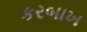
કરબાખ